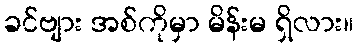
ခင်ဗျား အစ်ကိုမှာ မိန်းမ ရှိလား။